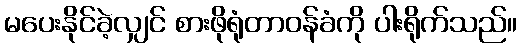
မပေးနိုင်ခဲ့လျှင် စားဖိုရုံတာဝန်ခံကို ပါးရိုက်သည်။